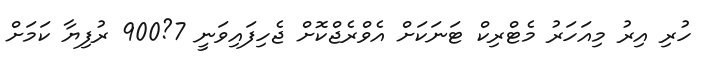
ހުރި އިރު މިއަހަރު މެޓްރިކް ޓަނަކަށް އެވްރެޖްކޮށް ޖެހިފައިވަނީ 7?900 ރުފިޔާ ކަމަށް